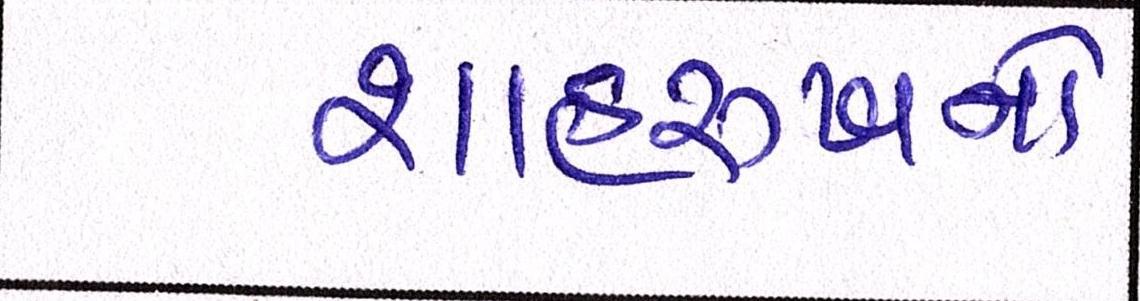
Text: શાહરુખનો